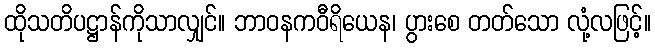
ထိုသတိပဋ္ဌာန်ကိုသာလျှင်။ ဘာဝနကဝီရိယေန၊ ပွားစေ တတ်သော လုံ့လဖြင့်။